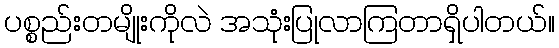
ပစ္စည်းတမျိုးကိုလဲ အသုံးပြုလာကြတာရှိပါတယ်။